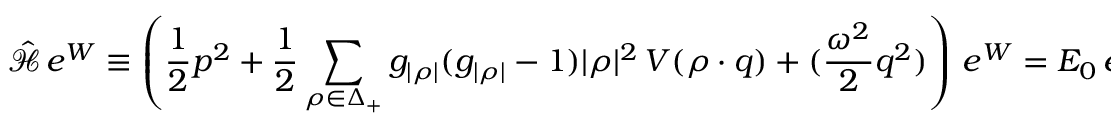
\hat { \mathcal { H } } \, e ^ { W } \equiv \left( { \frac { 1 } { 2 } } p ^ { 2 } + { \frac { 1 } { 2 } } \sum _ { \rho \in \Delta _ { + } } g _ { | \rho | } ( g _ { | \rho | } - 1 ) | \rho | ^ { 2 } \, V ( \rho \cdot q ) + ( { \frac { \omega ^ { 2 } } { 2 } } q ^ { 2 } ) \right) \, e ^ { W } = { \cal E } _ { 0 } \, e ^ { W } .